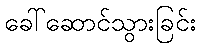
ခေါ်ဆောင်သွားခြင်း